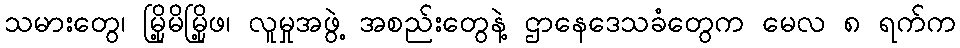
သမားတွေ၊ မြို့မိမြို့ဖ၊ လူမှုအဖွဲ့ အစည်းတွေနဲ့ ဌာနေဒေသခံတွေက မေလ ၈ ရက်က